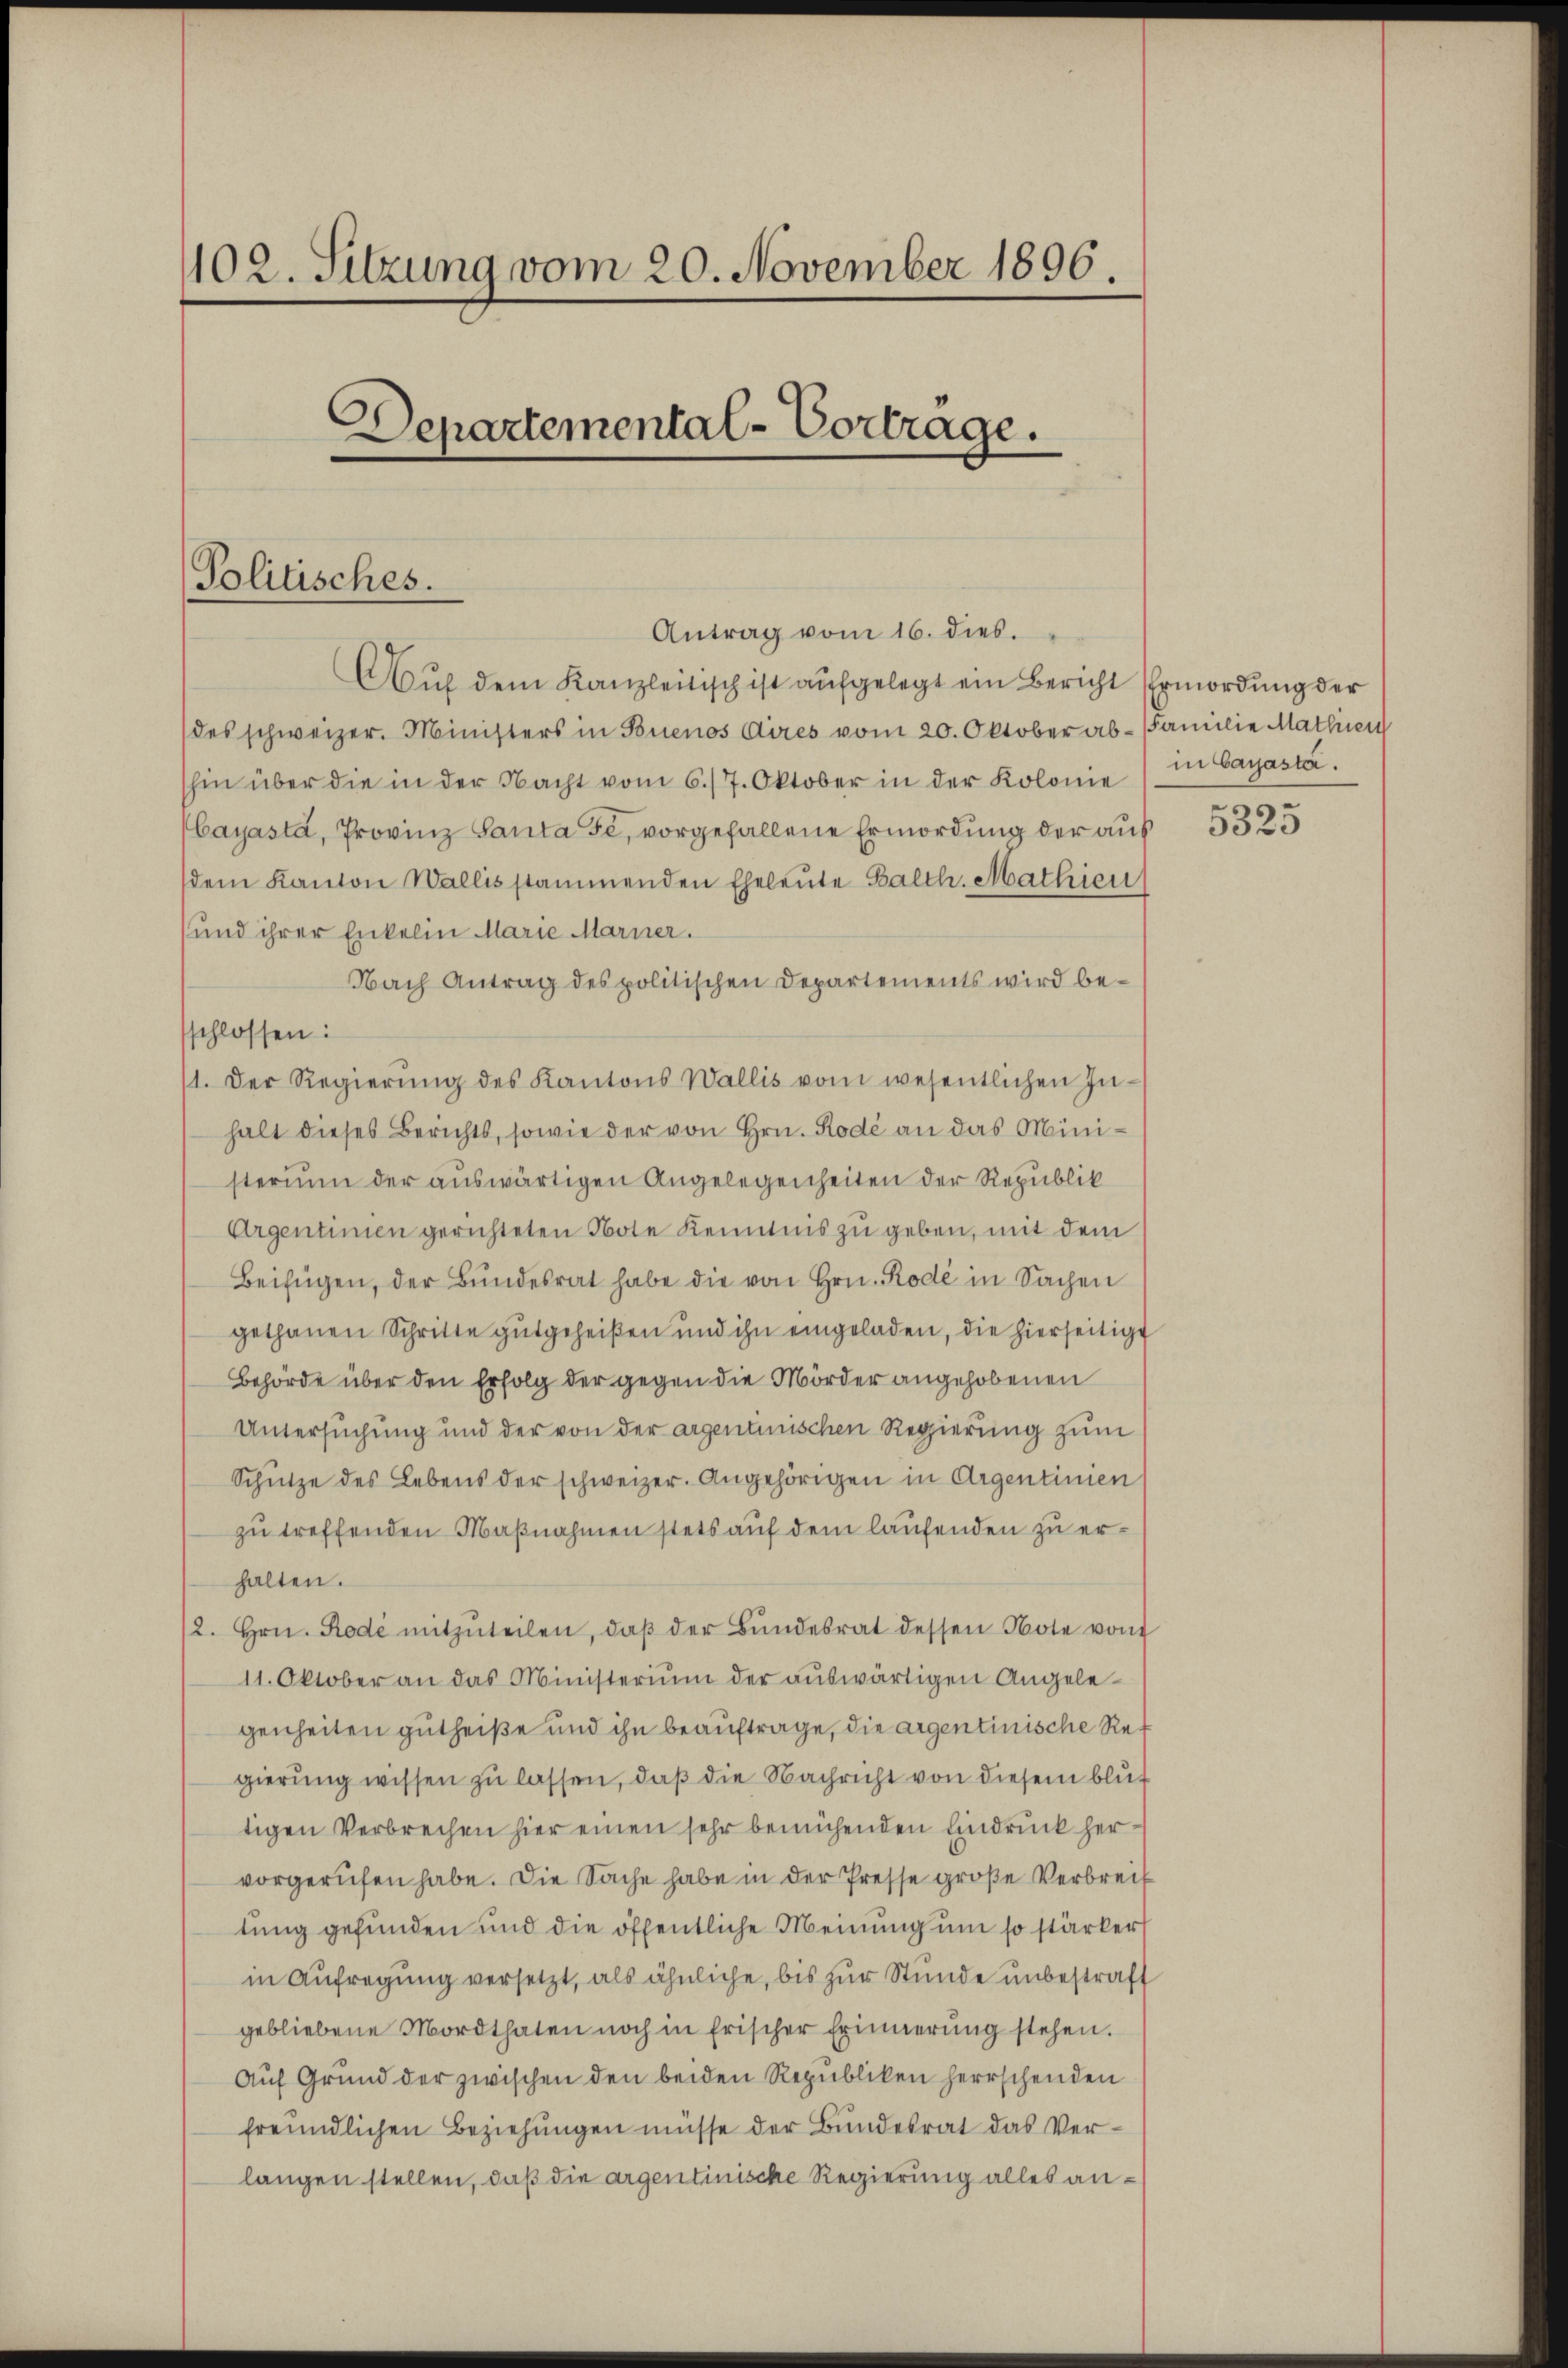
402. Sitzung vom 20. November 1896.
Departemental-Vortrage.
Politisches.
Antrag vom 16. dies.

Auf dem Kanzleitisch ist aufgelegt ein Bericht Ermordung der
des schweizer. Ministers in Buenos Aires vom 20. Oktober ab- Familie Mathien
hin über die in der Nacht vom 6./7. Oktober in der Kolonie (in bayasta
Cayasta, Provinz Santa Fe, vorgefallene Ermordung der aus
dem Kanton Wallis stammenden Eheleute Balth. Mathien
und ihrer Enkelin Marie Marner.
Nach Antrag des politischen Departements wird beschlossen:
11. Der Regierŭng des Kantons Wallis vom wesentlichen In-
halt dieses Berichts, sowie der von Hrn. Rode an das Ministerium der auswärtigen Angelegenheiten der Republik
Argentinien gerichteten Note Kenntnis zu geben, mit dem
Beifügen, der Bŭndesrat habe die von Hrn. Rode in Sachen
gethanen Schritte gutgeheißen und ihn eingeladen, die hierseitigt
Behörde über den Erfolg der gegen die Mörder angehobenen
Untersuchung und der von der argentinischen Regierung zum
Schütze des Lebens der schweizer. Angehörigen in Argentinien
zu treffenden Maßnahmen stets auf dem laufenden zu erhalten.
2. Hrn. Rode mitzŭteilen, daβ der Bŭndesrat dessen Note von
11. Oktober an das Ministerium der auswärtigen Angelegenheiten gutheiße und ihn beauftrage, die argentinische Regierung wissen zu lassen, daß die Nachricht von diesem blut
tigen Verbrechen hier einen sehr bemühenden Eindruck hervorgerufen habe. Die Sache habe in der Presse große Verbreit
tung gefunden und die öffentliche Meinung um so stärker
in Aufregung versetzt, als ähnliche, bis zur Stunde unbestraft
gebliebene Mordthaten noch in frischer Erinnerung stehen.
Auf Grund der zwischen den beiden Republiken herrschenden
freundlichen Beziehungen müsse der Bundesrat das Verlangen stellen, daß die argentinische Regierung alles an¬

5325